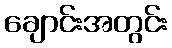
ချောင်းအတွင်း